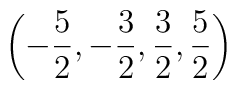
\left( -\frac{5}{2},-\frac{3}{2},\frac{3}{2},\frac{5}{2}\right) \protect